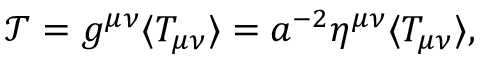
{ \mathcal T } = g ^ { \mu \nu } \langle T _ { \mu \nu } \rangle = a ^ { - 2 } \eta ^ { \mu \nu } \langle T _ { \mu \nu } \rangle ,